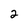
Character: 2